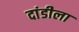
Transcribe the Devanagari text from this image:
दांडीला